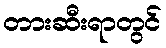
တားဆီးရာတွင်